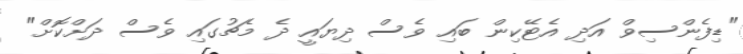
"ޑިފެންސިވް އަދި އެޓޭކިން ބައި ވެސް ދިޔައީ ދެ މެޗުގައި ވެސް ދަށްކޮށް"